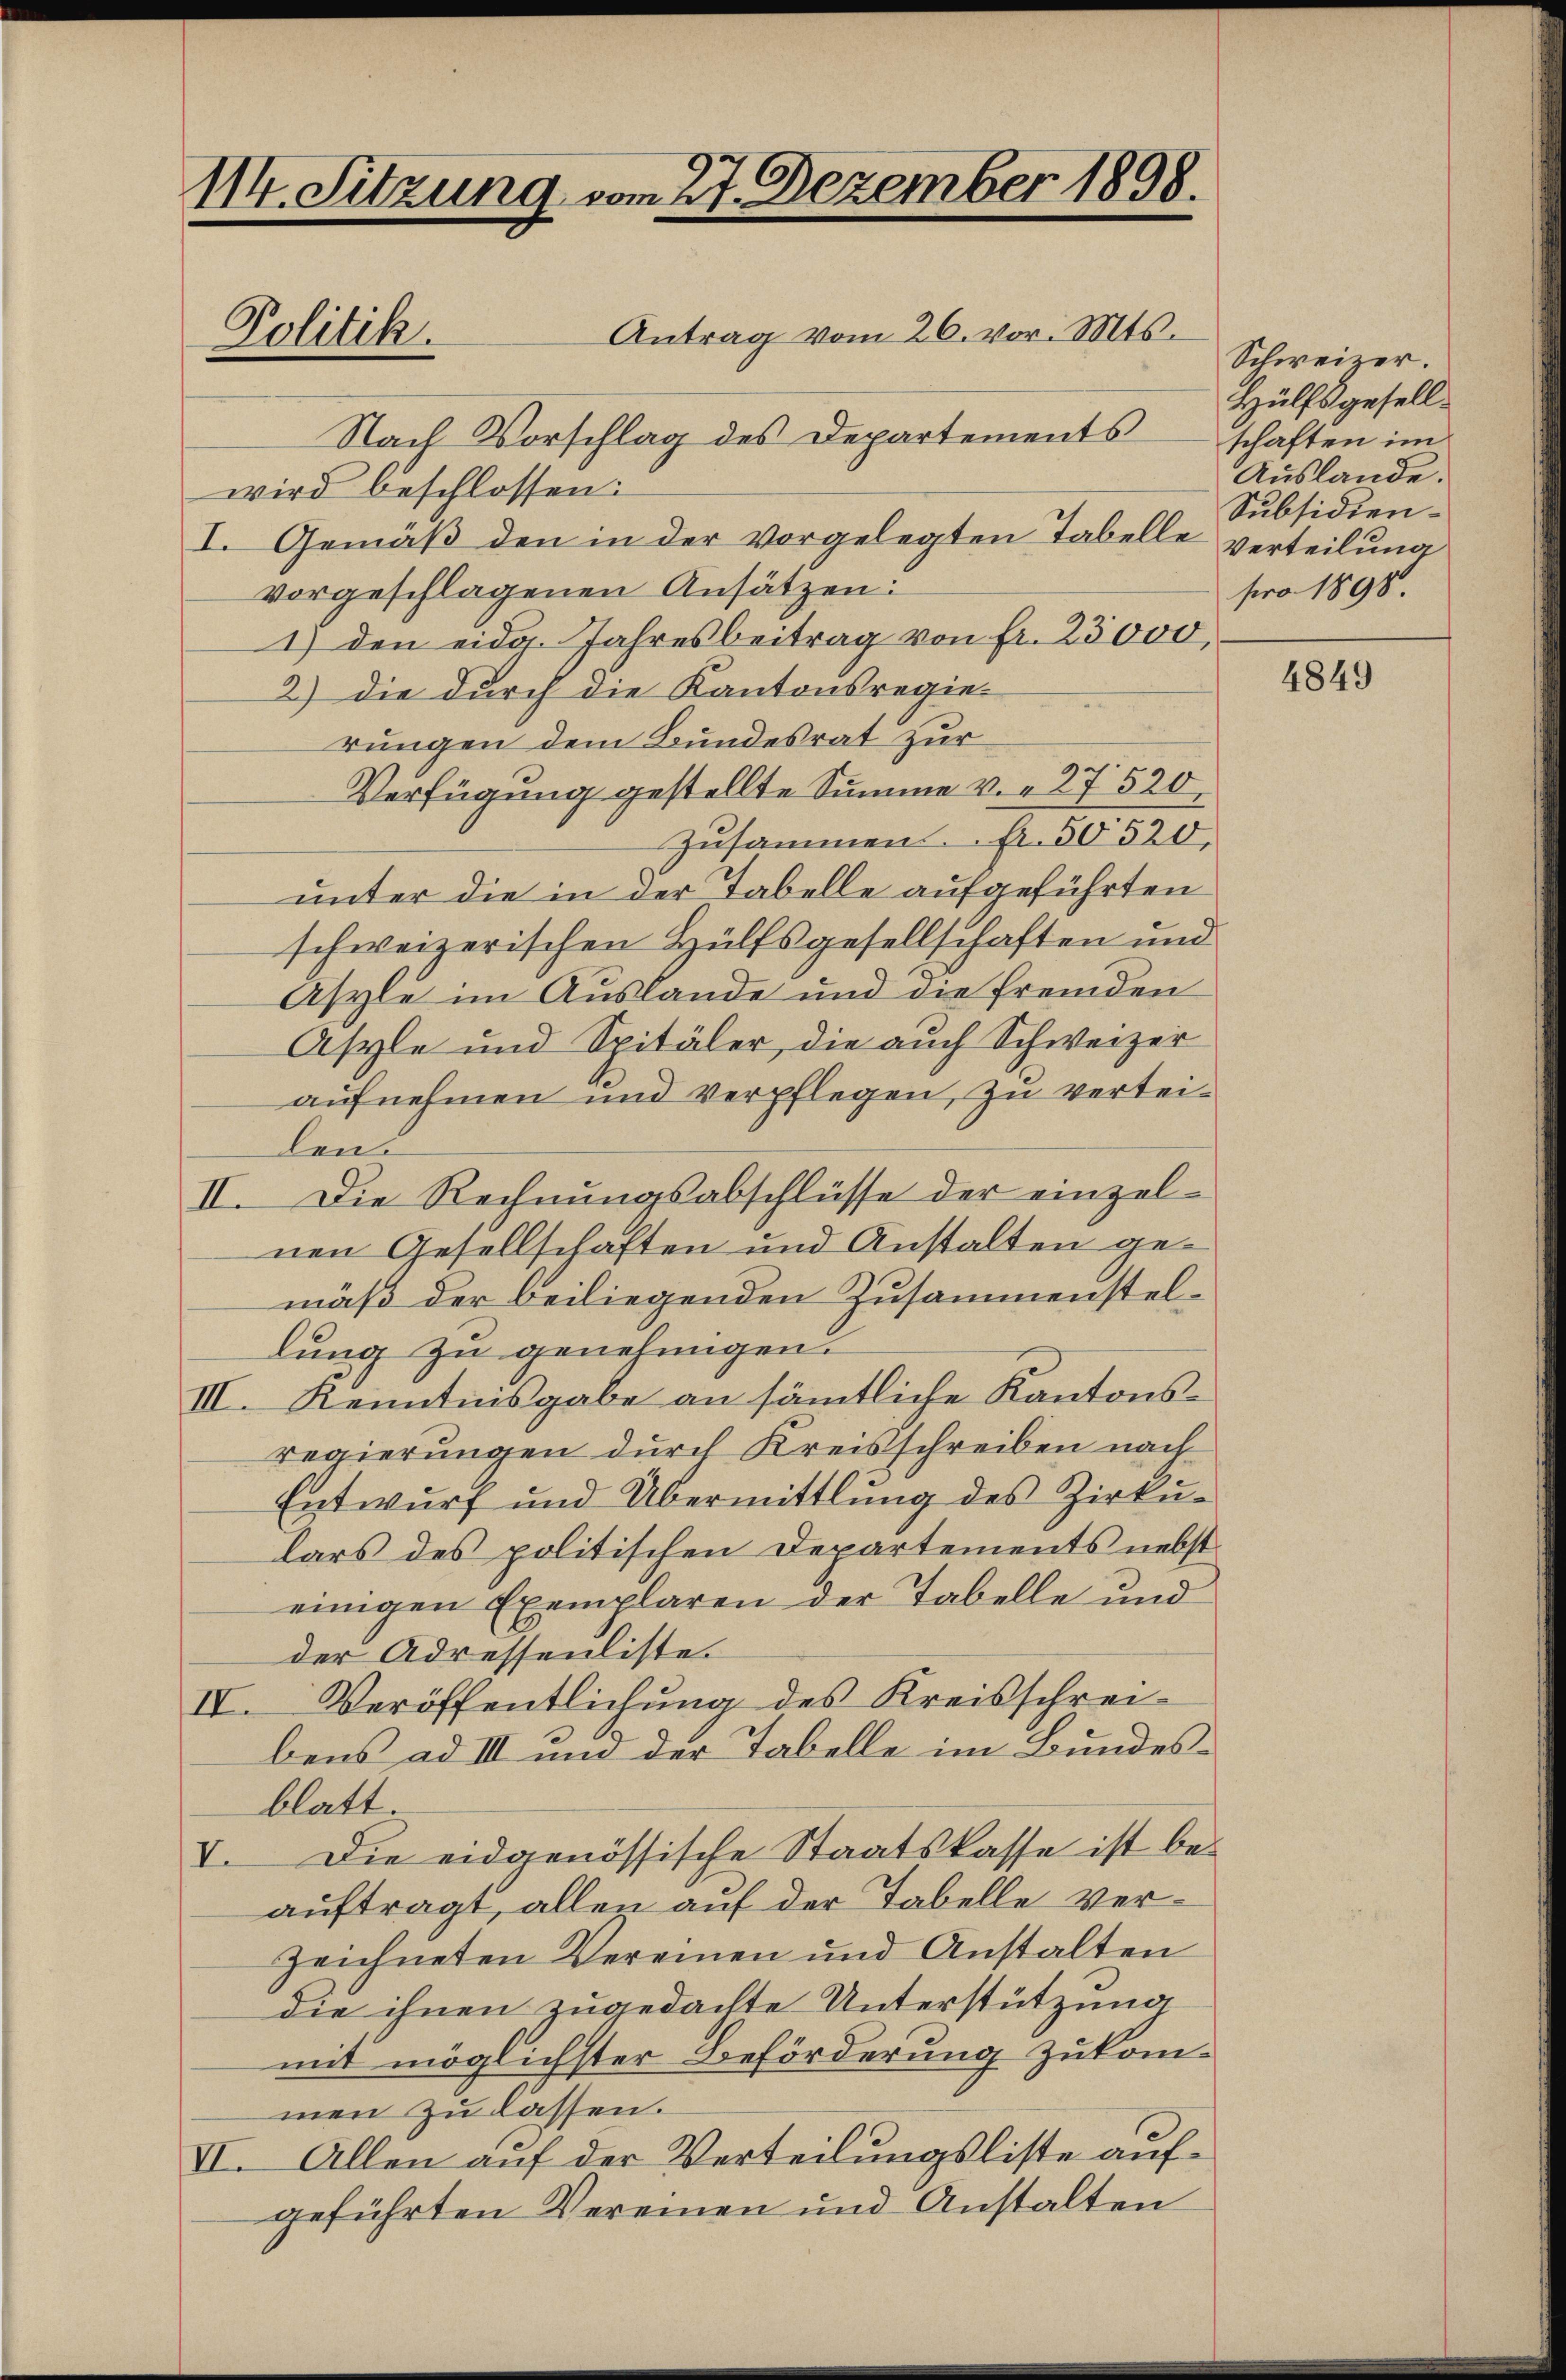
114. Sitzung vom 27. Dezember 1898.
Antrag vom 26. vor. Mts.
Politik.

Nach Vorschlag des Departements schaften im
wird beschlossen:
I. Gemäß den in der vorgelegten Tabelle verteilung
vorgeschlagenen Ansätzen:
1) den eidg. Jahresbeitrag von fr. 23000,
2) die durch die Kantonsregierungen dem Bundesrat zur
Verfügung gestellte Summe v. 27520
Zusammen. Fr. 50520,
unter die in der Tabelle aufgeführten
schweizerischen Hülfsgesellschaften und
Asyle im Auslande und die fremden
Asyle und Spitäler, die auch Schweizer
aufnehmen und verpflegen, zu vertei-
len.
II. Die Rechnungsabschlüsse der einzelnen Gesellschaften und Anstalten gemäß der beiliegenden Zusammenstellung zu genehmigen.
III. Kenntnisgabe an sämmtliche Kantonsregierungen durch Kreisschreiben nach
Entwurf und Übermittlung des Zirkŭ-
lars des politischen Departements nebst
einigen Exemplaren der Tabelle und
der Adressenliste.
IV. Veröffentlichung des Kreisschreibens ad III und der Tabelle im Bundesblatt.
V. Die eidgenössische Staatskasse ist beauftragt, allen auf der Tabelle Verzeichneten Vereinen und Anstalten
die ihnen zugedachte Unterstützung
mit möglichster Beförderung zukommen zu lassen.
VII. Allen auf der Verteilungsliste aufgeführten Vereinen und Anstalten

Schweizer.
Hülfsgesell¬
Auslande.
Subsidienpro 1898.

4849